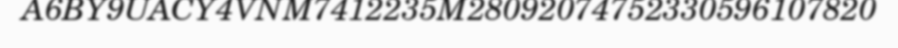
A6BY9UACY4VNM7412235M28092074752330596107820